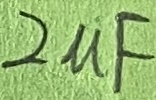
Text: 2µF